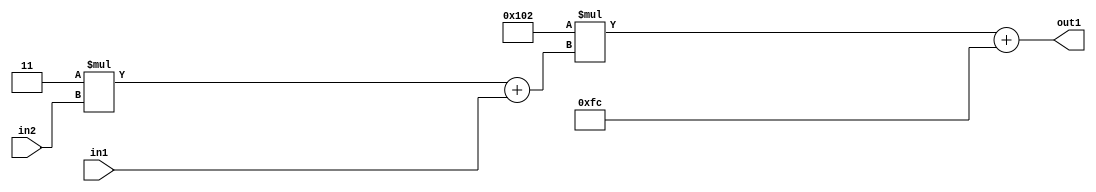
`timescale 1ps / 1ps
/*****************************************************************************
    Verilog RTL Description
    
    
    Created by: Stratus DpOpt 2019.1.01 
*******************************************************************************/

module DC_Filter_Add2i252Mul2i258Add2u1Mul2i3u2_1 (
	in2,
	in1,
	out1
	); /* architecture "behavioural" */ 
input [1:0] in2;
input  in1;
output [11:0] out1;
wire [11:0] asc001;
wire [3:0] asc002;

wire [3:0] asc002_tmp_0;
assign asc002_tmp_0 = 
	+(4'B0011 * in2);
assign asc002 = asc002_tmp_0
	+(in1);

wire [11:0] asc001_tmp_1;
assign asc001_tmp_1 = 
	+(12'B000100000010 * asc002);
assign asc001 = asc001_tmp_1
	+(12'B000011111100);

assign out1 = asc001;
endmodule

/* CADENCE  v7X3Sw4= : u9/ySgnWtBlWxVPRXgAZ4Og= ** DO NOT EDIT THIS LINE ******/